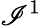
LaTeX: \mathscr{I}^{1}